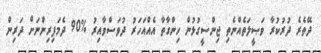
ދޭތެރެ ދުރުކުރާ ވަޞީލަތެއްނެތި ޖިންސީގުޅުން ހިންގާތާ އެއްއަހަރު ދުވަސްވާއިރު %90 ދެމަފިރިންނަށް ދަރިން